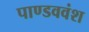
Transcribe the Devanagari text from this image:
पाण्डववंश